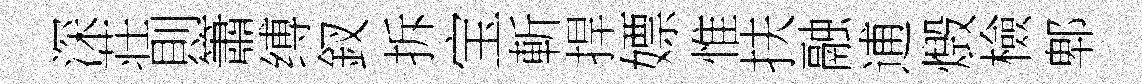
深荘則簫缚釵拆宝斬捍嫖惟扶融逋燬檢郫